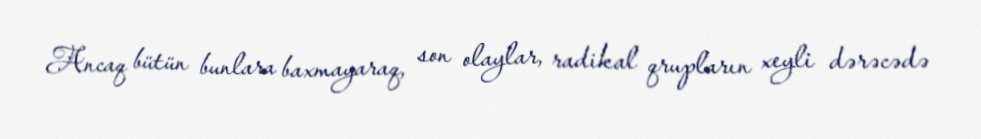
Ancaq bütün bunlara baxmayaraq, son olaylar, radikal qrupların xeyli dərəcədə